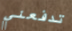
تدفعني